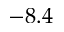
- 8 . 4